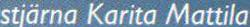
stjärna Karita Mattila